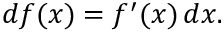
d f ( x ) = f ^ { \prime } ( x ) \, d x .